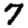
Digit: 7